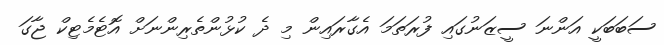
ސަބަބަކީ އަންނަ ސީޒަނުގައި ފުރަތަމަ އެގާރައިން މި ދެ ކުޅުންތެރިންނަށް އޮޓެމެޓިކް ޖާގަ